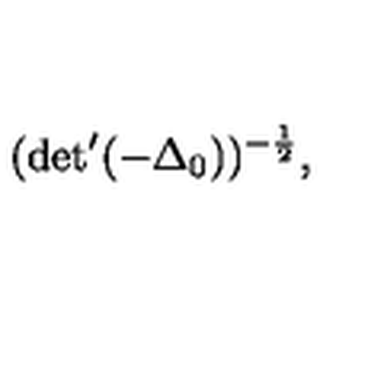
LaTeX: ( \mathrm { d e t } ^ { \prime } ( - { \Delta } _ { 0 } ) ) ^ { - \frac { 1 } { 2 } } ,